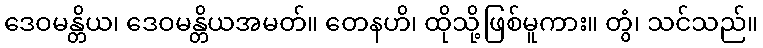
ဒေဝမန္တိယ၊ ဒေဝမန္တိယအမတ်။ တေနဟိ၊ ထိုသို့ဖြစ်မူကား။ တွံ၊ သင်သည်။